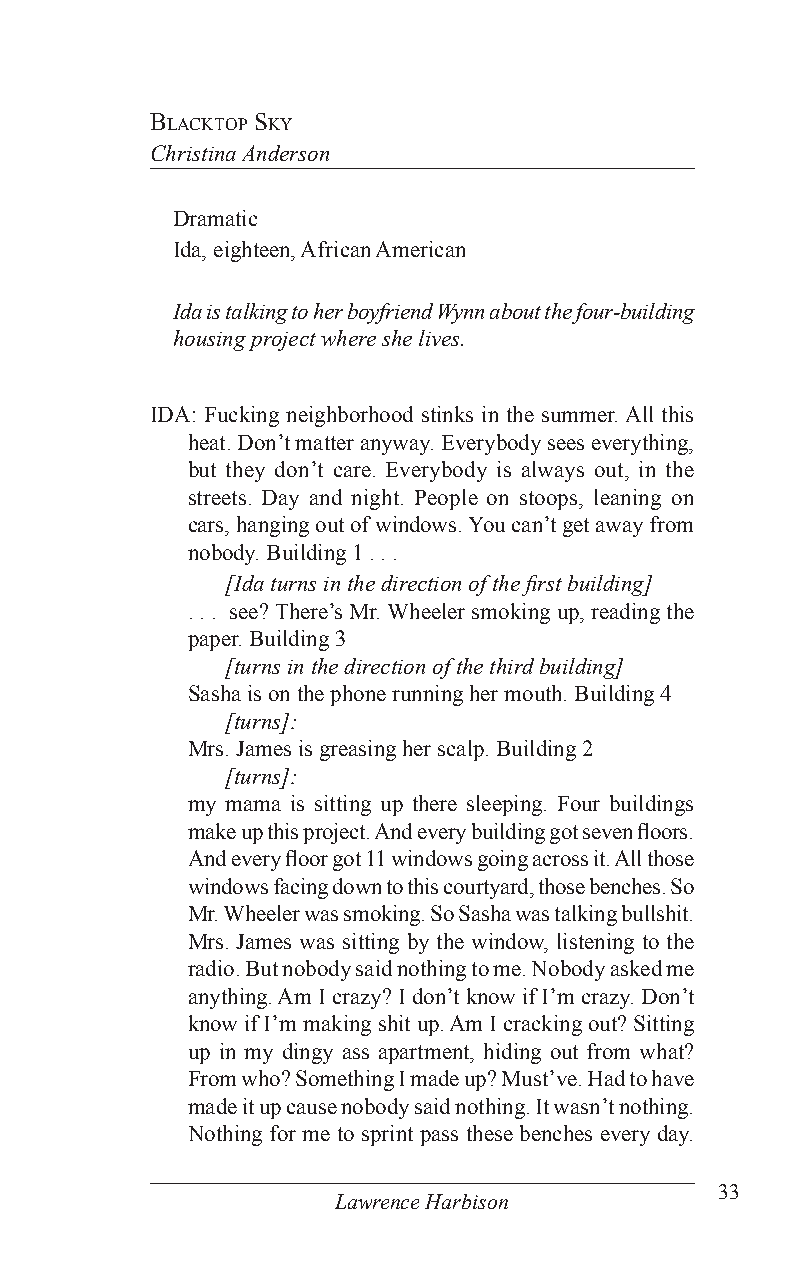
BlaCKToP sKy
 Christina Anderson
 Dramatic
 Ida, eighteen, African American
 Ida is talking to her boyfriend Wynn about the four-building
 housing project where she lives.
 IDA: Fucking neighborhood stinks in the summer. All this
 heat. Don’t matter anyway. Everybody sees everything,
 but they don’t care. Everybody is always out, in the
 streets. Day and night. People on stoops, leaning on
 cars, hanging out of windows. You can’t get away from
 nobody. Building 1 . . .
 [Ida turns in the direction of the first building]
 . . . see? There’s Mr. Wheeler smoking up, reading the
 paper. Building 3
 [turns in the direction of the third building]
 Sasha is on the phone running her mouth. Building 4
 [turns]:
 Mrs. James is greasing her scalp. Building 2
 [turns]:
 my mama is sitting up there sleeping. Four buildings
 make up this project. And every building got seven floors.
 And every floor got 11 windows going across it. All those
 windows facing down to this courtyard, those benches. So
 Mr. Wheeler was smoking. So Sasha was talking bullshit.
 Mrs. James was sitting by the window, listening to the
 radio. But nobody said nothing to me. Nobody asked me
 anything. Am I crazy? I don’t know if I’m crazy. Don’t
 know if I’m making shit up. Am I cracking out? Sitting
 up in my dingy ass apartment, hiding out from what?
 From who? Something I made up? Must’ve. Had to have
 made it up cause nobody said nothing. It wasn’t nothing.
 Nothing for me to sprint pass these benches every day.
 33
 Lawrence Harbison